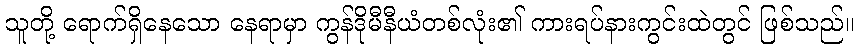
သူတို့ ရောက်ရှိနေသော နေရာမှာ ကွန်ဒိုမီနီယံတစ်လုံး၏ ကားရပ်နားကွင်းထဲတွင် ဖြစ်သည်။